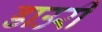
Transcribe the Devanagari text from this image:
डाउरी